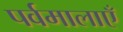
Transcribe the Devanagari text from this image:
पर्वमालाएँ